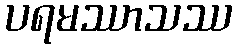
ပရမဿာသဿ